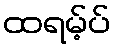
ထရမ့်ပ်